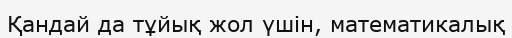
Қандай да тұйық жол үшін, математикалық